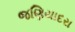
જણિયાદરા